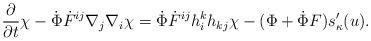
LaTeX: \begin{align*} \frac{\partial}{\partial t}\chi-\dot{\Phi}\dot{F}^{ij} \nabla_j\nabla_i\chi=\dot{\Phi}\dot{F}^{ij}h_i^kh_{kj}\chi-(\Phi+\dot{\Phi}F)s'_{\kappa}(u).\end{align*}